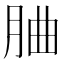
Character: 𦚼